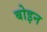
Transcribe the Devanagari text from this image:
बोइन